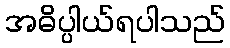
အဓိပ္ပါယ်ရပါသည်